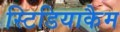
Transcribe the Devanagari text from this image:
स्टिडियाकैम